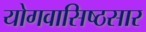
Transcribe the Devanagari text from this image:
योगवासिष्ठसार